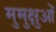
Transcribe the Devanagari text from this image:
मुमुक्षुओं